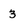
Character: 3